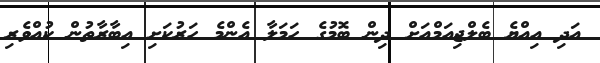
އަދި އިއްޔެ ބެލްޖިއަމްއަށް ދިން ބޮމުގެ ހަމަލާ އެންމެ ހަރުކަށި އިބާރާތުން ކުއްވެރި